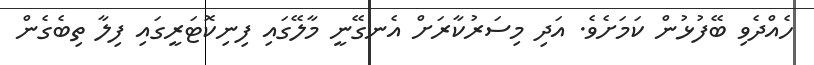
ހެއްދެވި ބޭފުޅުން ކަމަށެވެ. އަދި މިސަރުކާރަށް އެނގޭނީ މާލޭގައި ފިނިކޮޓަރީގައި ފިލާ ތިބެގެން